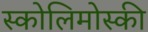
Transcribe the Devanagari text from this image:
स्कोलिमोस्की